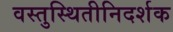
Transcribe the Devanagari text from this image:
वस्तुस्थितीनिदर्शक